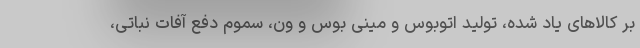
بر کالاهای یاد شده، تولید اتوبوس و مینی بوس و ون، سموم دفع آفات نباتی،